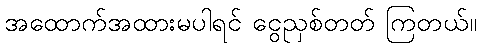
အထောက်အထားမပါရင် ငွေညှစ်တတ် ကြတယ်။